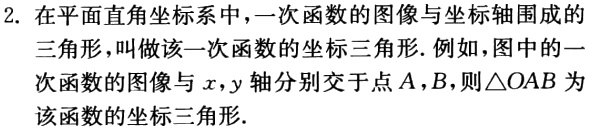
2. 在平面直角坐标系中，一次函数的图像与坐标轴围成的
三角形，叫做该一次函数的坐标三角形. 例如，图中的一
次函数的图像与\(x,y\)轴分别交于点\(A,B\)，则\(\triangle OAB\)为
该函数的坐标三角形.